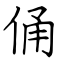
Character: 俑